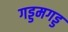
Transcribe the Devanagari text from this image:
गड्डमगड्ड